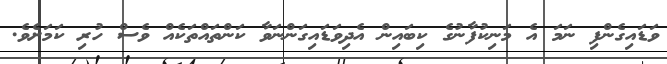
ވަޑައިގެންފި ނަމަ އެ މަނިކުފާނުގެ ކިބައިން އެދިވަޑައިގަންނަވާ ކަންތައްތަކެއް ވެސް ހުރި ކަމަށެވެ.